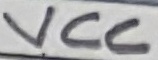
Text: VCC